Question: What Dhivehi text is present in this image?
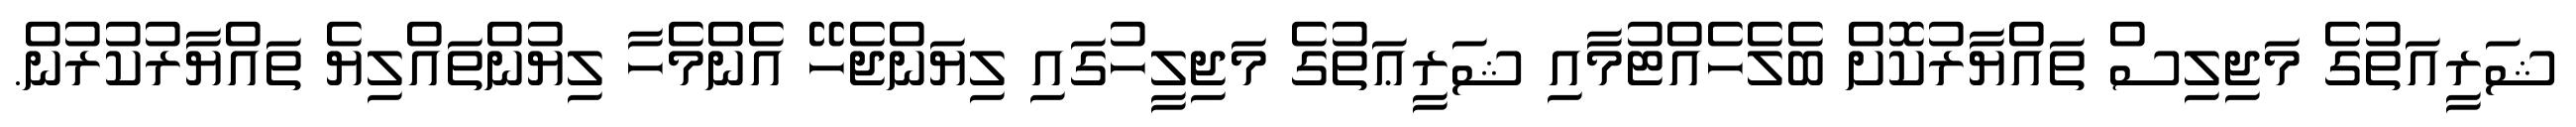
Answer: ޝަރީއަތުގެ މަޖިލިސް ތައްޔާރުކޮށް ބެލެހެއްޓުމާއި ޝަރީޢަތުގެ މަޖިލީހުގައި ލިޔަންޖެހޭ އެންމެހާ ލިޔުންތައްލިޔެ ތައްޔާރުކުރުން.